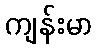
ကျန်းမာ